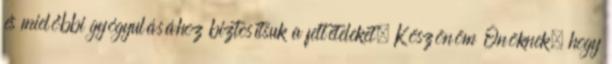
és mielőbbi gyógyulásához biztosítsuk a feltételeket. Köszönöm Önöknek, hogy